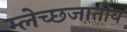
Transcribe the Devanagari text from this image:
म्लेच्छजातीय